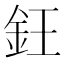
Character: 𬫃